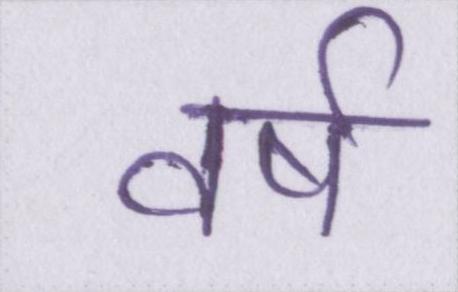
वर्ष